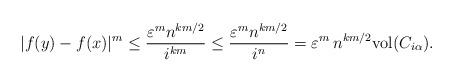
LaTeX: \begin{align*}|f(y)-f(x)|^m\leq \frac{\varepsilon^m n^{km/2}}{i^{km}}\leq \frac{\varepsilon^m n^{km/2}}{i^{n}}=\varepsilon^m \, n^{km/2}\textrm{vol}(C_{i \alpha}).\end{align*}